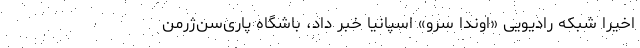
اخیراً شبکه رادیویی «اوندا سِرو» اسپانیا خبر داد، باشگاه پاری‌سن‌ژرمن